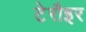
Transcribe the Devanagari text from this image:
टेरौइर